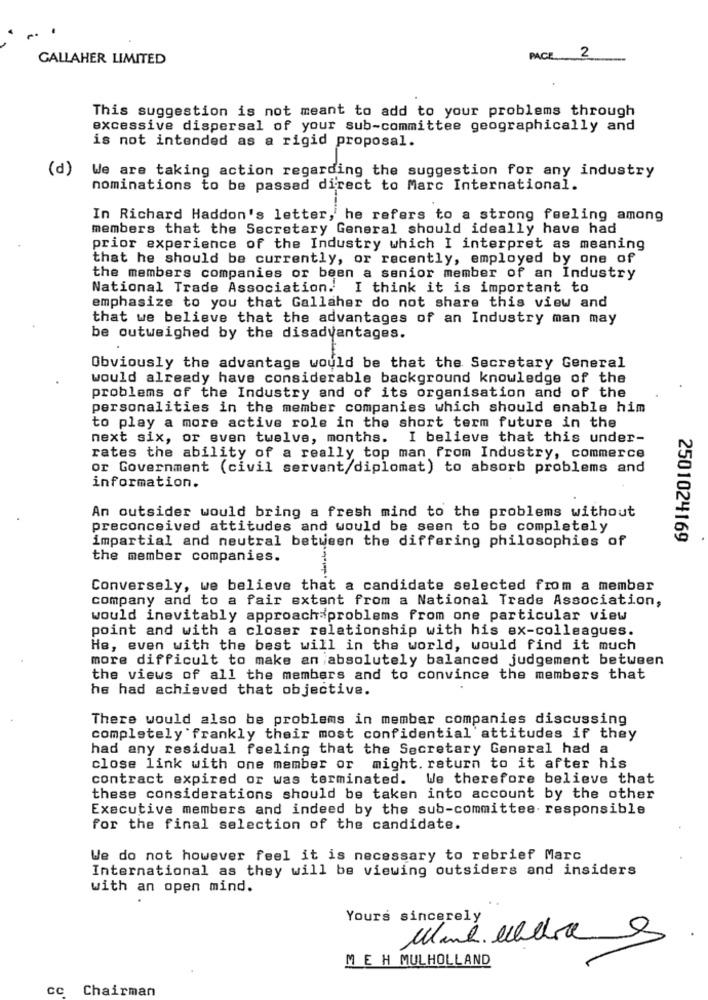
GALLAHER LIMITED
PACE 2
This suggestion is not meant to add to your problems through
excessive dispersal of your sub-committee geographically and
is not intended as a rigid proposal.
(d)
We are taking action regarding the suggestion for any industry
nominations to be passed direct to Marc International.
In Richard Haddon's letter, he refers to a strong feeling among
members that the Secretary General should ideally have had
prior experience of the Industry which I interpret as meaning
that he should be currently, or recently, employed by one of
the members companies or been a senior member of an Industry
National Trade Association. I think it is important to
emphasize to you that Gallaher do not share this view and
that we believe that the advantages of an Industry man may
be outweighed by the disadvantages.
Obviously the advantage would be that the Secretary General
would already have considerable background knowledge of the
problems of the Industry and of its organisation and of the
personalities in the member companies which should enable him
to play a more active role in the short term futurs in the
next six, or even twelve, months.
I believe that this under-
rates the ability of a really top man from Industry, commerce
or Government (civil servant/diplomat) to absorb problems and
information.
An outsider would bring a fresh mind to the problems without
preconceived attitudes and would be seen to be completely
impartial and neutral between the differing philosophies of
2501024169
the member companies.
Conversely, we believe that a candidate selected from a member
company and to a fair extent from a National Trade Association,
would inevitably approach problems from one particular view
point and with a closer relationship with his ex-colleagues.
He, even with the best will in the world, would find it much
more difficult to make an absolutely balanced judgement between
the views of all the members and to convince the members that
he had achieved that objective.
There would also be problems in member companies discussing
completely frankly their most confidential' attitudes if they
had any residual feeling that the Secretary General had a
close link with one member or might. return to it after his
contract expired or was terminated. We therefore believe that
these considerations should be taken into account by the other
Executive members and indeed by the sub-committee. responsible
for the final selection of the candidate.
We do not however feel it is necessary to rebrief Marc
International as they will be viewing outsiders and insiders
with an open mind.
Yours sincerely
M EH MULHOLLAND
cc Chairman